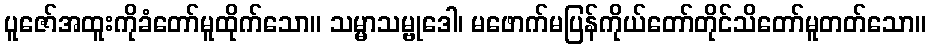
ပူဇော်အထူးကိုခံတော်မူထိုက်သော။ သမ္မာသမ္ဗုဒေါ၊ မဖောက်မပြန်ကိုယ်တော်တိုင်သိတော်မူတတ်သော။